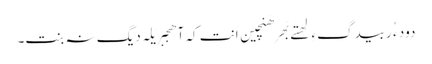
دود ء ُ ربیدگءِ لَھتے بَھر ھَنچین اَنت کہ آ ھِجبر یَلہ دیگ نہ بنت۔